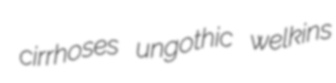
cirrhoses ungothic welkins